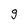
Character: g